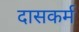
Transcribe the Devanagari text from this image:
दासकर्म